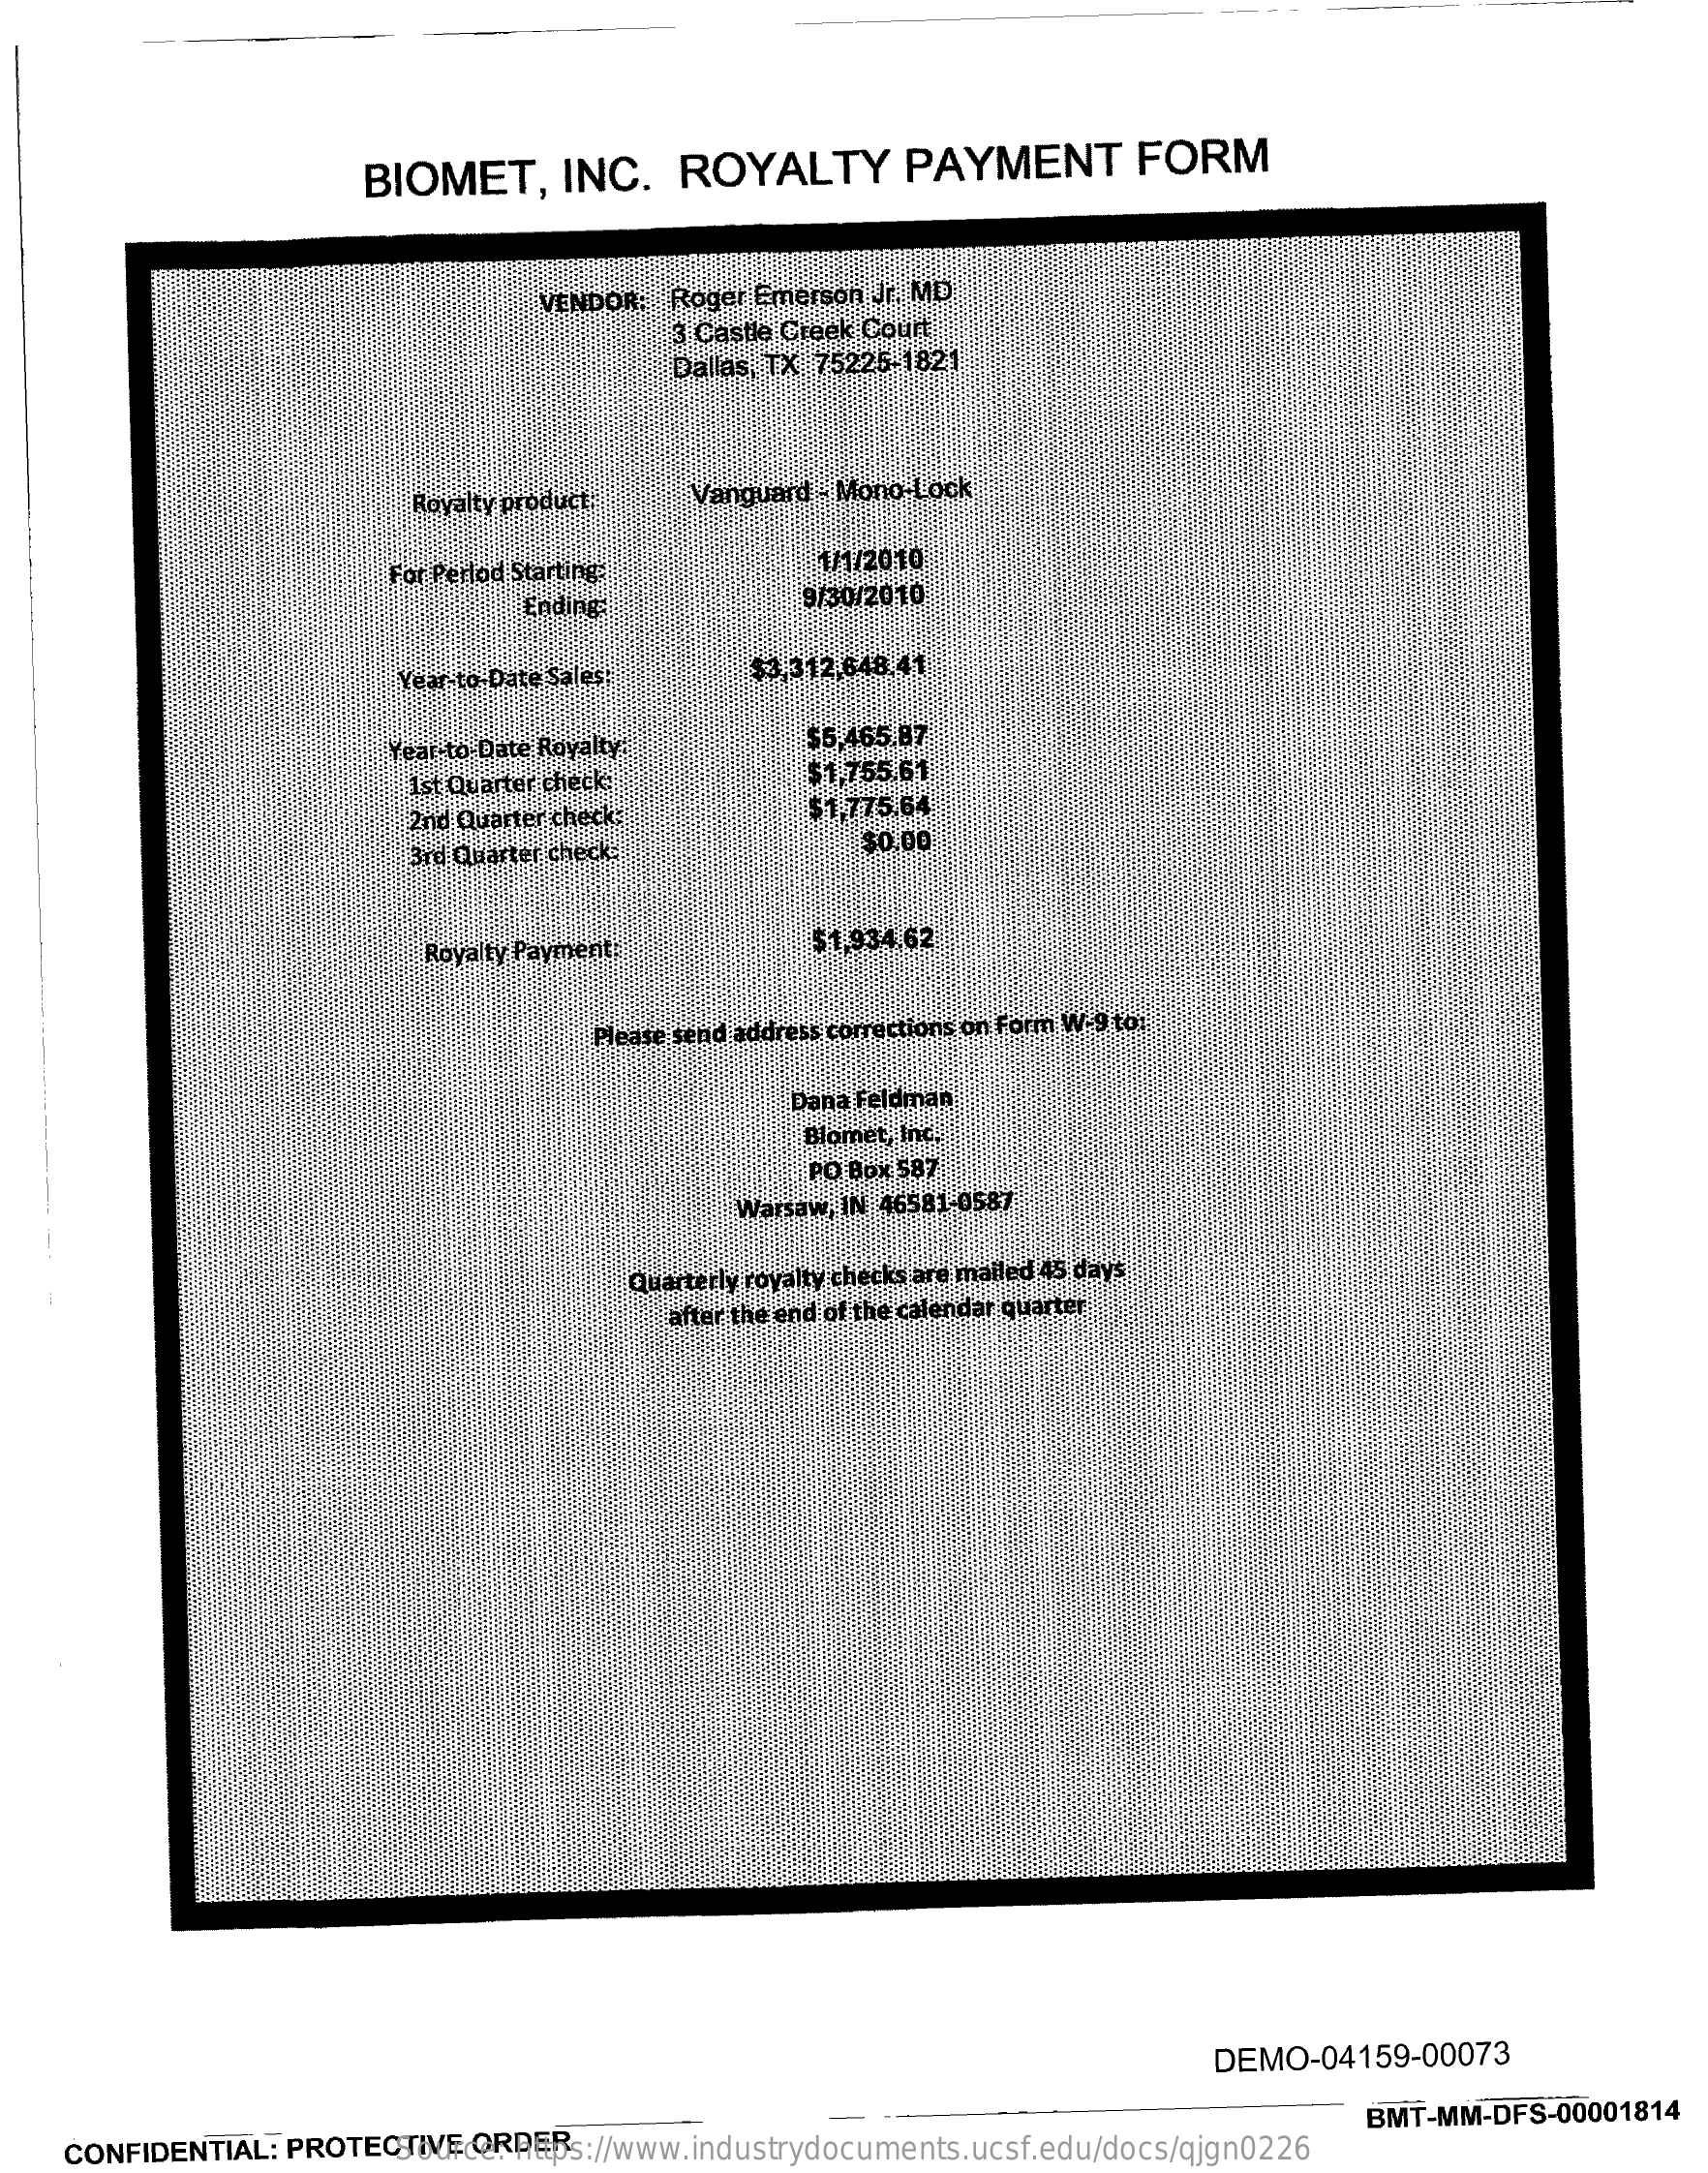
BIOMET,    INC.    ROYALTY    PAYMENT    FORM
     VENDOR:  Roger Emerson Jr. MD
     3 Castle Creek Court
     Dallas, TX 75225-1821
     Rovalty product:   Vanguard - Mono-Lock
     For Perlod Starting
     1/1/2010
     Ending    9/30/2010
     Vear-to-Date Sales!    $3.312.648.41
     Year to Date Royalty    $5,465.87
     1st Quarter check:    $1,755.61
     2nd Quarter check:    $1,775.64
     3rd Quarter checks    $0.00
     Royalty Payments    51,934.62
     Please send address corrections on form W.9 to:
     Dana Feldman
     Blomnet, Inc.
     PO Box 587
     Warsaw, IN 46581-0587
     Quarterly royalty checks are mailed 45 days
     after the end of the calendar quarter
     DEMO-04159-00073
     CONFIDENTIAL:  PROTECTIVE   ORDER Source: https://www.industrydocuments.ucsf.edu/docs/qjgn0226
     BMT-MM-DFS-00001814